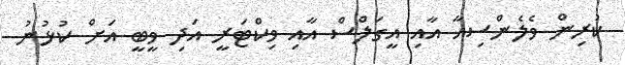
ކުރިން ވެލެންސިއާ އާއި އީގަލްސް އާއި ވިކްޓަރީ އަދި ވީބީ އަށް ކުޅުނު